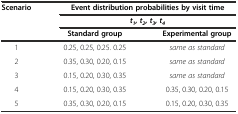
<table><thead><tr><td rowspan="3"><b>Scenario</b></td><td colspan="2"><b>Event distribution probabilities by visit time</b></td></tr><tr><td colspan="2"><b><i>t</i><sub><i>1</i></sub><i>, t</i><sub><i>2</i></sub><i>, t</i><sub><i>3</i></sub><i>, t</i><sub><i>4</i></sub></b></td></tr><tr><td><b>Standard group</b></td><td><b>Experimental group</b></td></tr></thead><tbody><tr><td>1</td><td>0.25, 0.25, 0.25. 0.25</td><td><i>same as standard</i></td></tr><tr><td>2</td><td>0.35, 0.30, 0.20, 0.15</td><td><i>same as standard</i></td></tr><tr><td>3</td><td>0.15, 0.20, 0.30, 0.35</td><td><i>same as standard</i></td></tr><tr><td>4</td><td>0.15, 0.20, 0.30, 0.35</td><td>0.35, 0.30, 0.20, 0.15</td></tr><tr><td>5</td><td>0.35, 0.30, 0.20, 0.15</td><td>0.15, 0.20, 0.30, 0.35</td></tr></tbody></table>